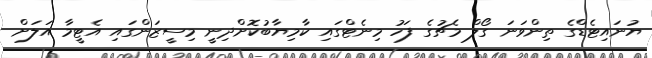
ޔުނައިޓެޑްގެ ތިންވަނަ ގޯލް މެޗުގެ ފަހު މިނެޓްގައި ކާމިޔާބުކޮށްދިނީ މިސީޒަންގައި އެޓީމާ އަލަށް